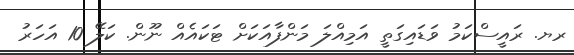
ރޔ. ރައީސްކަމު ވަޑައިގަތީ އަމިއްލަ މަންފާއަކަށް ޓަކައެއް ނޫން. ކަލޭ 10 އަހަރު